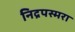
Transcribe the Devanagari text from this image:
निद्रपस्मरा